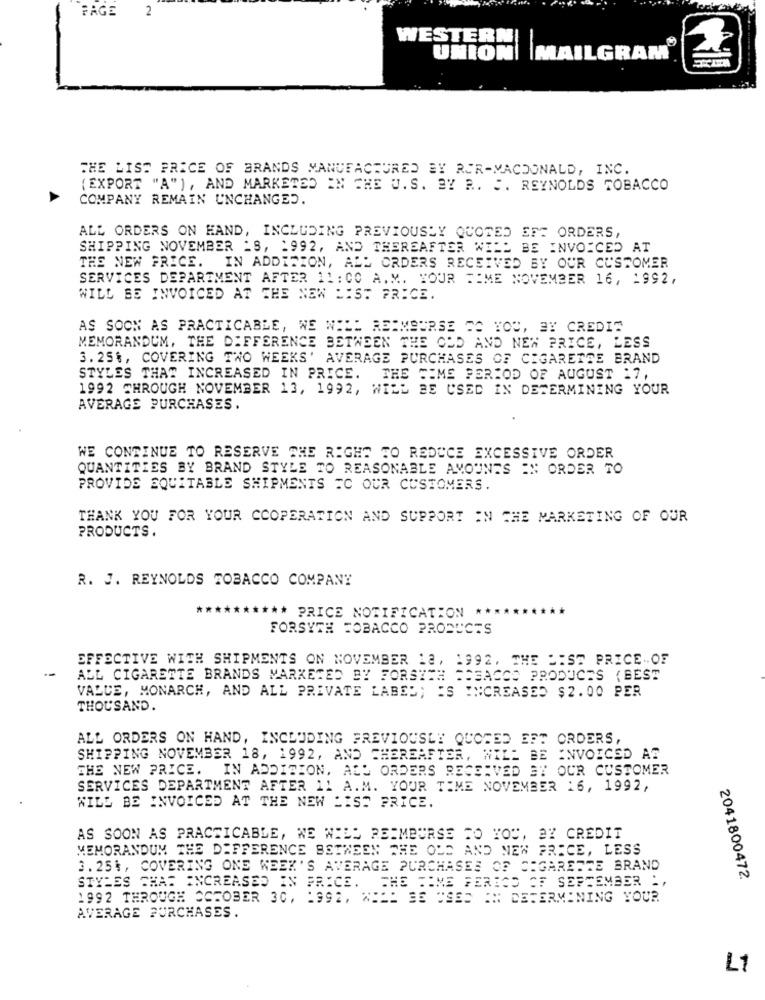
PAGE
2
WESTERN
UNION| |MAILGRAM
THE LIST PRICE OF BRANDS MANUFACTURED BY ROR-MACDONALD, INC.
(EXPORT "A"), AND MARKETED IN THE U. S. BY R .. ". REYNOLDS TOBACCO
COMPANY REMAIN UNCHANGED.
ALL ORDERS ON HAND, INCLUDING PREVIOUSLY QUOTED EFT ORDERS,
SHIPPING NOVEMBER 'S, 1992, AND THEREAFTER WILL BE INVOICED AT
THE NEW PRICE. IN ADDITION, ALL ORDERS RECEIVED BY OUR CUSTOMER
SERVICES DEPARTMENT AFTER 11: CO A. M. YOUR TIME NOVEMBER 16, 1992,
WILL BE INVOICED AT THE NEW LIST PRICE.
AS SOON AS PRACTICABLE, WE WILL REIMBURSE TO YOU, BY CREDIT
MEMORANDUM, THE DIFFERENCE BETWEEN THE ODD AND NEW PRICE, LESS
3. 25%, COVERING TWO WEEKS' AVERAGE PURCHASES OF CIGARETTE BRAND
STYLES THAT INCREASED IN PRICE. THE TIME PERIOD OF AUGUST 17,
1992 THROUGH NOVEMBER 13, 1992, WILL BE USED IN DETERMINING YOUR
AVERAGE PURCHASES.
WE CONTINUE TO RESERVE THE RIGHT TO REDUCE EXCESSIVE ORDER
QUANTITIES BY BRAND STYLE TO REASONABLE AMOUNTS IN ORDER TO
PROVIDE EQUITABLE SHIPMENTS IC OUR CUSTOMERS.
THANK YOU FOR YOUR COOPERATION AND SUPPORT IN THE MARKETING OF OUR
PRODUCTS.
R. J. REYNOLDS TOBACCO COMPANY
**
** PRICE NOTIFICATION **
FORSYTH TOBACCO PRODUCTS
EFFECTIVE WITH SHIPMENTS ON NOVEMBER 18, 1992, THE LIST PRICE OF
ALL CIGARETTE BRANDS MARKETED BY FORSYTH TOBACCO PRODUCTS ( BEST
VALUE, MONARCH, AND ALL PRIVATE LABEL; IS INCREASED $2.00 PER
THOUSAND.
ALL ORDERS ON HAND, INCLUDING PREVIOUSLY QUOTED EFT ORDERS,
SHIPPING NOVEMBER 18, 1992, AND THEREAFTER, WILL BE INVOICED AS
THE NEW PRICE. IN ADDITION, ALL ORDERS RECEIVED BY OUR CUSTOMER
SERVICES DEPARTMENT AFTER 11 A.M. YOUR TIME NOVEMBER 16, 1992,
WILL BE INVOICED AT THE NEW LIST PRICE.
AS SOON AS PRACTICABLE, WE WILL REIMBURSE TO YOU, BY CREDIT
MEMORANDUM THE DIFFERENCE BETWEEN THE OLD AND NEW PRICE, LESS
3. 25%, COVERING ONE WEEK'S AVERAGE PURCHASES OF CIGARETTE BRAND
2041800472.
STYLES THAT INCREASED IN PRICE. THE TIME FERICO OF SEPTEMBER :,
1992 THROUGH OCTOBER 30, 1992, WILL BE USED IN DETERMINING YOUR
AVERAGE PURCHASES.
L1